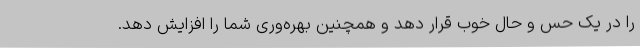
را در یک حس و حال خوب قرار دهد و همچنین بهره‌وری شما را افزایش دهد.